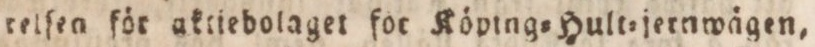
relſen för aktiedolaget for Köping=Hult=jernwägen,